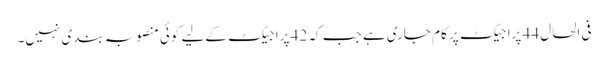
فی الحال 44 پراجیکٹ پر کام جاری ہے جب کہ 42 پراجیکٹ کےلیے کوئی منصوبہ بندی نہیں۔